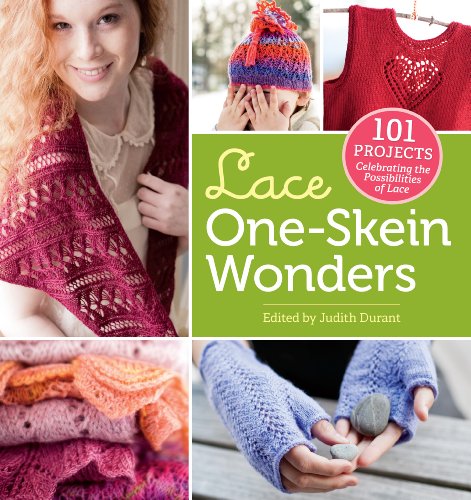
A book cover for Lace One-Skein WondersÂ®: 101 Projects Celebrating the Possibilities of Lace; Crafts, Hobbies & Home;